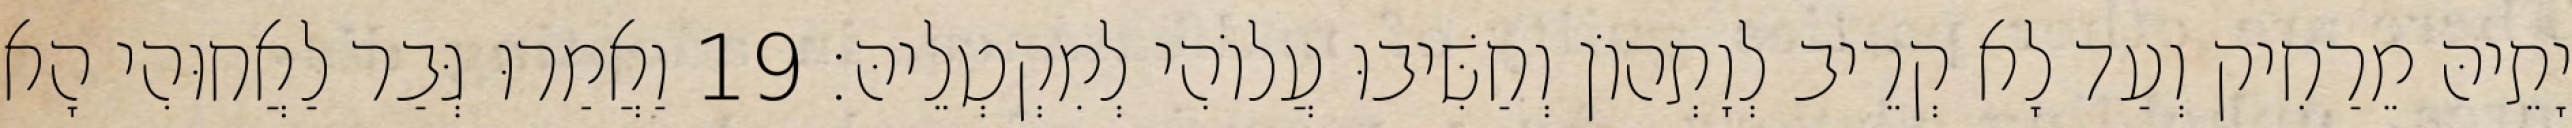
יָתֵיהּ מֵרַחִיק וְעַד לָא קְרֵיב לְוָתְהוֹן וְחַשִּׁיבוּ עֲלוֹהִי לְמִקְטְלֵיהּ׃ 19 וַאֲמַרוּ גְּבַר לַאֲחוּהִי הָא